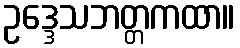
ဥဒ္ဒေသဘတ္တကထာ။